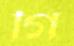
গি